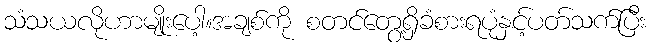
သံသယလိုဟာမျိုးပေါ့။အချစ်ကို စတင်တွေ့ရှိခံစားရပုံနှင့်ပတ်သက်ပြီး